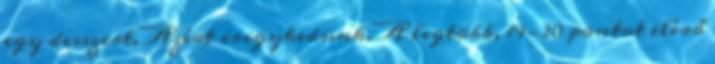
egy desszert. Azért irigykedünk. A legtöbb, 19-20 pontot elérő